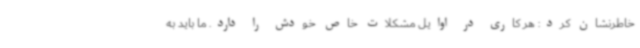
خاطرنشان کرد: هر کاری در اوایل مشکلات خاص خودش را دارد. ما باید به